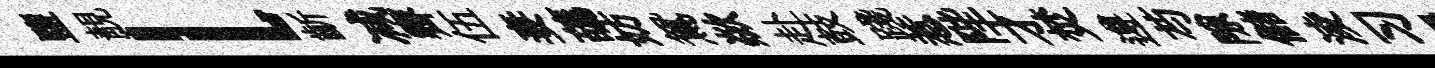
鹽靚l齗减霽伍妻蘤妨鴛歘赴鼓踐惹陛才焚遵芍隙儲淩习遏